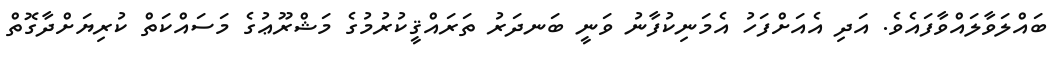
ބައްލަވާލައްވާފައެވެ. އަދި އެއަށްފަހު އެމަނިކުފާނު ވަނީ ބަނދަރު ތަރައްޤީކުރުމުގެ މަޝްރޫޢުގެ މަސައްކަތް ކުރިޔަށްދާގޮތް